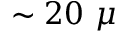
\sim 2 0 ~ \mu